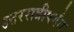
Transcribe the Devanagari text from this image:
उत्तररात्रीपर्यंत